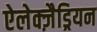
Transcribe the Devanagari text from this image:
ऐलेक्ज़ैड्रियन